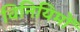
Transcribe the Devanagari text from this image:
विनियिमों